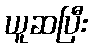
ယူဆပြီး